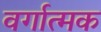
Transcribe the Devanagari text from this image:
वर्गात्मक